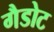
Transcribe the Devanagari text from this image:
गैडोट